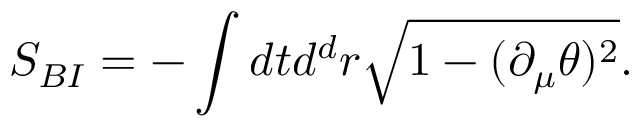
S _ { B I } = - \int d t d ^ { d } r \sqrt { 1 - ( \partial _ { \mu } \theta ) ^ { 2 } } .